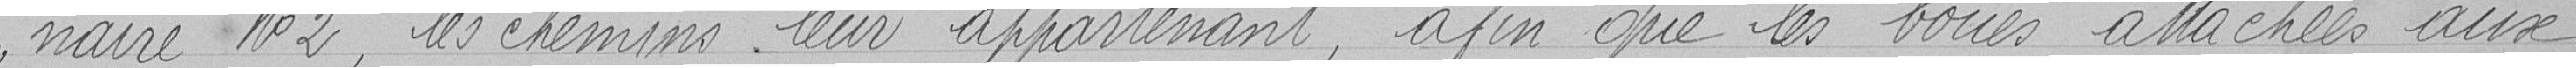
naire numéro 2, les chemins leur appartenant, afin que les boues attachées aux